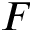
F